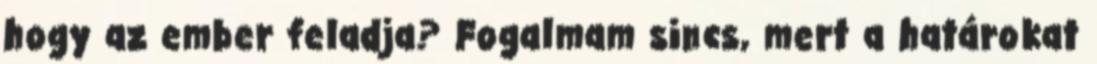
hogy az ember feladja? Fogalmam sincs, mert a határokat